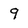
Character: 9